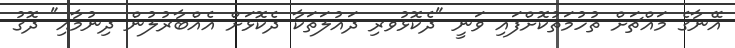
އޭނާގެ މައްޗަށް ތުހުމަތުކޮށްފައި ވަނީ "ދެކޮޅުވރި ދައުލަތަކާ ދެކޮޅަށް އެއްބާރުލުން ދިނުމާއި" ދޮގު